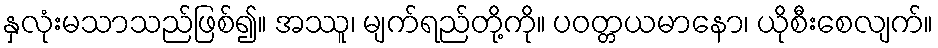
နှလုံးမသာသည်ဖြစ်၍။ အဿူ၊ မျက်ရည်တို့ကို။ ပဝတ္တယမာနော၊ ယိုစီးစေလျက်။